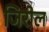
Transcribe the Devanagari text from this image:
जिरोल